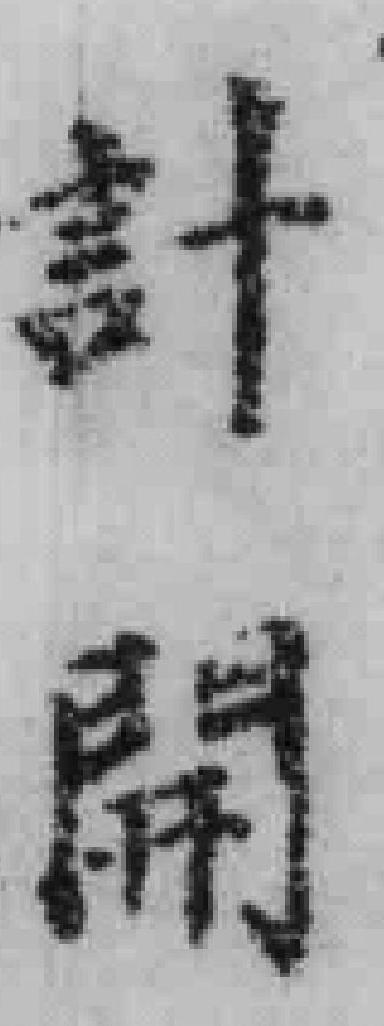
計開